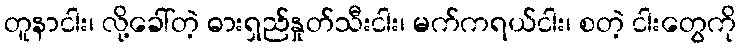
တူနာငါး၊ လို့ခေါ်တဲ့ ဓားရှည်နှုတ်သီးငါး၊ မက်ကရယ်ငါး၊ စတဲ့ ငါးတွေကို